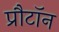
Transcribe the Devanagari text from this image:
प्रौटॉन